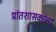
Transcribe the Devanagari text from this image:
प्रांतशासकांना